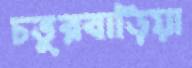
চতুরবাড়িয়া